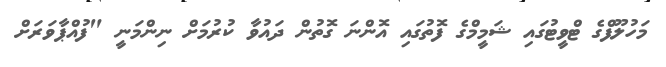
މަހުލޫފްގެ ޓްވީޓުގައި ޝަމީމްގެ ފޮތުގައި އޮންނަ ގޮތުން ދައުވާ ކުރުމަށް ނިންމަނީ "ފުއްޕާވަރަށް